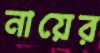
নায়ের